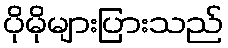
ပိုမိုများပြားသည်